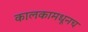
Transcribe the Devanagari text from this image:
कालकामधूनच